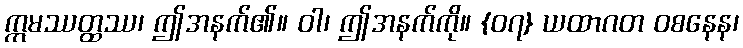
ဣမဿတ္ထဿ၊ ဤအနက်၏။ ဝါ၊ ဤအနက်ကို။ {၀၇} ယထာဂတ ဝစနေန၊